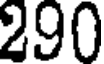
290